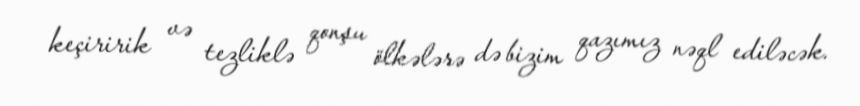
keçiririk və tezliklə qonşu ölkələrə də bizim qazımız nəql ediləcək.